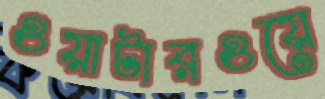
ওয়াটারওয়ে